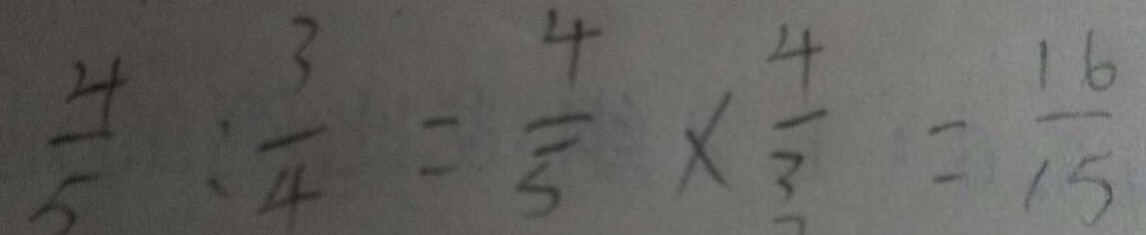
\frac { 4 } { 5 } : \frac { 3 } { 4 } = \frac { 4 } { 5 } \times \frac { 4 } { 3 } = \frac { 1 6 } { 1 5 }